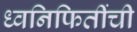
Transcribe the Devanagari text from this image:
ध्वनिफितींची